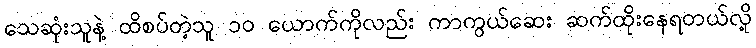
သေဆုံးသူနဲ့ ထိစပ်တဲ့သူ ၁၀ ယောက်ကိုလည်း ကာကွယ်ဆေး ဆက်ထိုးနေရတယ်လို့